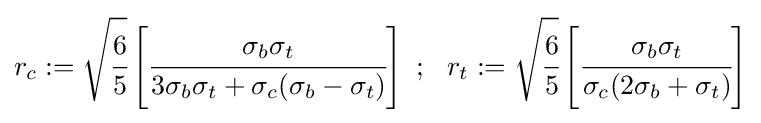
r_{c}:={\sqrt {\cfrac {6}{5}}}\left[{\cfrac {\sigma _{b}\sigma _{t}}{3\sigma _{b}\sigma _{t}+\sigma _{c}(\sigma _{b}-\sigma _{t})}}\right]~;~~r_{t}:={\sqrt {\cfrac {6}{5}}}\left[{\cfrac {\sigma _{b}\sigma _{t}}{\sigma _{c}(2\sigma _{b}+\sigma _{t})}}\right]